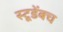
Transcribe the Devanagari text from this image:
स्टूडेंबच